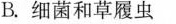
B.细菌和草履虫